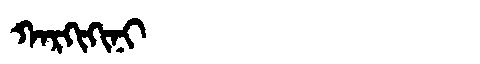
Manchu: ᡴᠠᡵᡴᡳᡴᡳᠨᡳ
Romanization: KARKIKINI